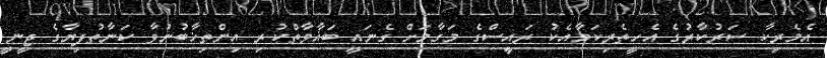
އެމެރިކާ ސަރުކާރުގެ އެހީތެރިކަމާއެކު ރައީސްގެ މަގާމަށް ގެނައީ ބަޣާވާތްކުރި އިންތިޚާބުނުވާ ކަނާތުފިޔާގެ ޖީނީ